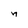
Character: n